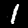
Label: 1